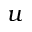
u